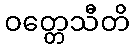
ဝတ္တေသီတိ